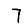
Digit: 7